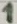
Text: 1